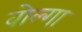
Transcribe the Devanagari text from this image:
वोल्‍गा